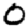
Digit: 0